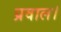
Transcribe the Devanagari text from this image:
प्रवाल।